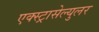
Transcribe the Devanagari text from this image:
एक्स्ट्रासेल्युलर